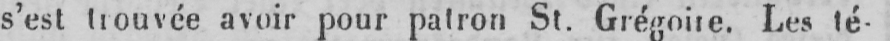
s’est trouvée avoir pour patron St. Grégoire. Les té-